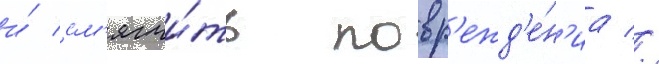
и́ см'ягчи́ть повр'ежд'е́н'иа //